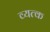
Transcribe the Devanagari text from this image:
व्यत्क